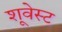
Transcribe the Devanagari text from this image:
शूवेस्ट